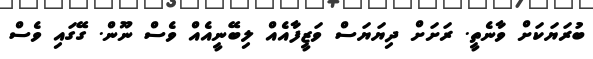
ބުރަޔަކަށް ވާނެތީ. ރަށަށް ދިޔަޔަސް ވަޒީފާއެއް ލިބޭނީއެއް ވެސް ނޫން. ގޭގައި ވެސް